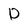
Character: D